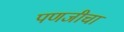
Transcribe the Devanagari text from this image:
पणजीचा